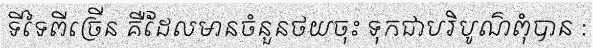
ទីទៃពីច្រើន គឺដែលមានចំនួនថយចុះ ទុកជាបរិបូណ៌ពុំបាន :